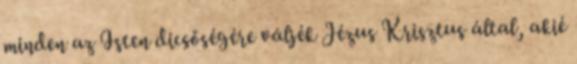
minden az Isten dicsőségére váljék Jézus Krisztus által, akié